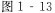
图1-13